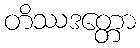
တိဿဒတ္တော